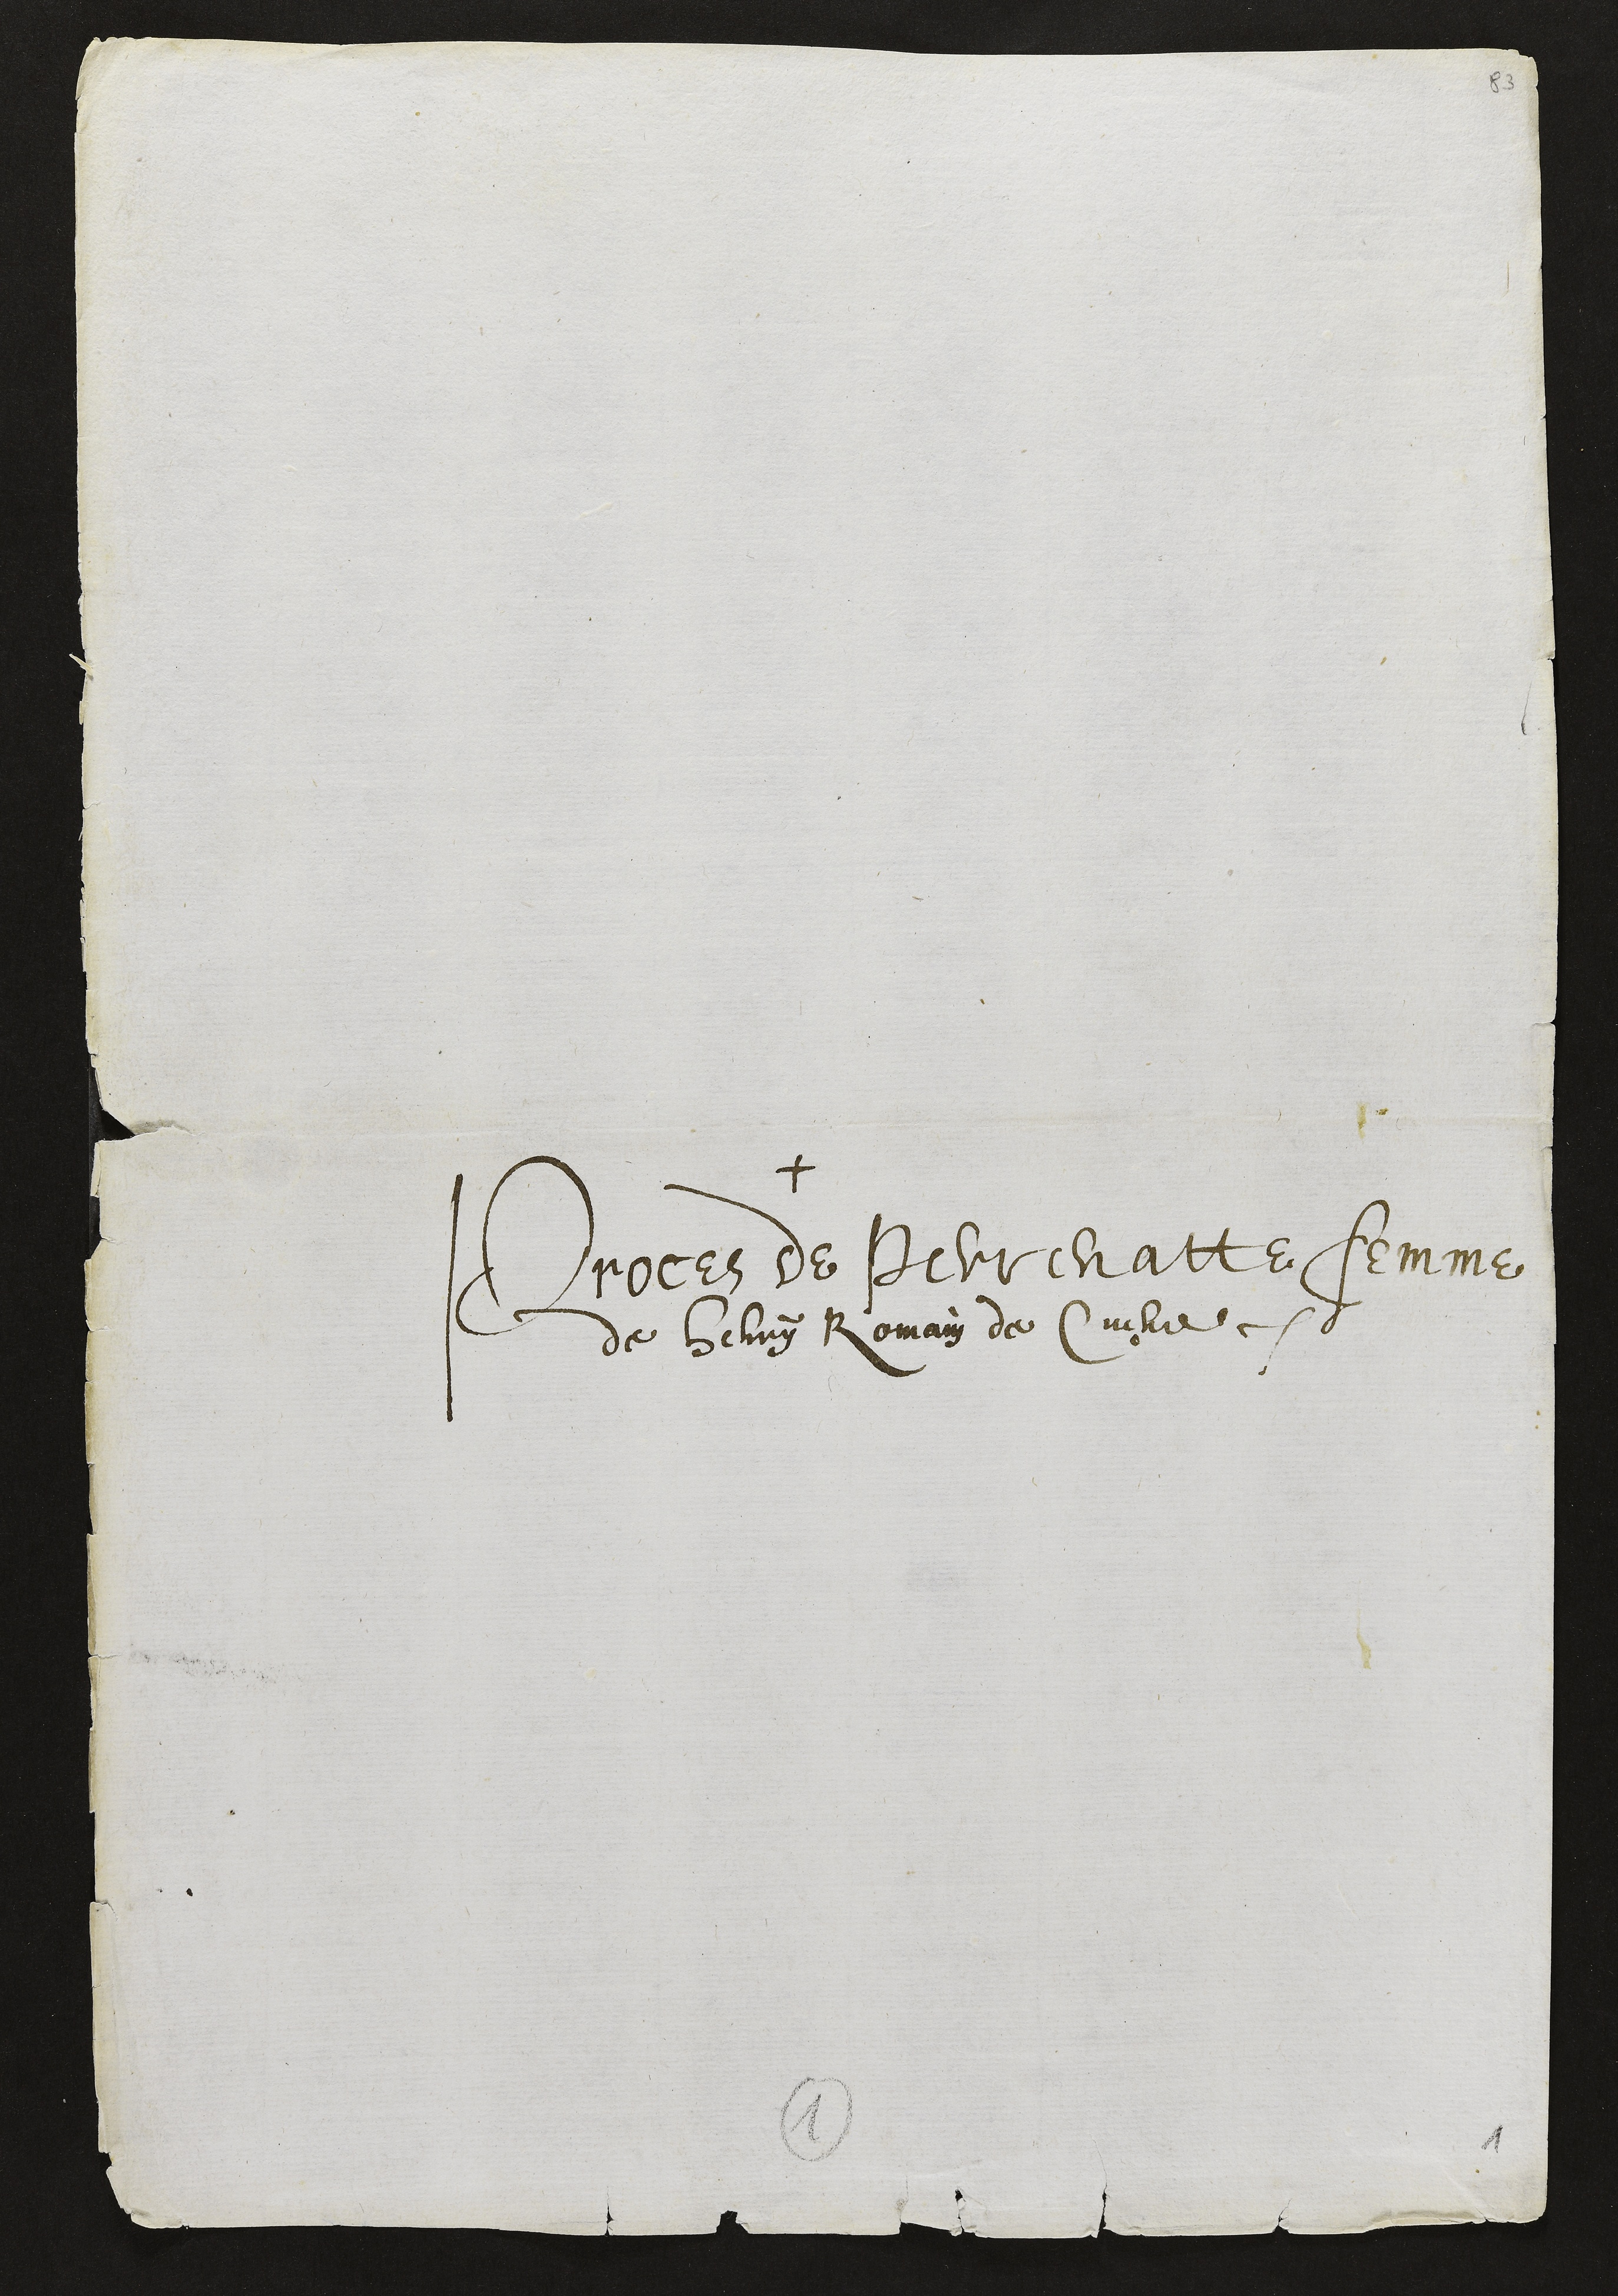
+
Proces de Perrenatte femme
de Henry Romain de Cueve.

1
1